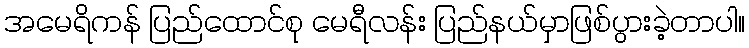
အမေရိကန် ပြည်ထောင်စု မေရီလန်း ပြည်နယ်မှာဖြစ်ပွားခဲ့တာပါ။